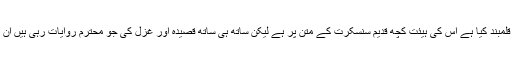
آپ نے جو ادبی رزمیہ قلمبند کیا ہے اس کی ہیئت کچھ قدیم سنسکرت کے متن پر ہے لیکن ساتھ ہی ساتھ قصیدہ اور غزل کی جو محترم روایات رہی ہیں ان پر بھی گہری نظر ہے۔